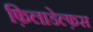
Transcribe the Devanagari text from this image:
फ़िलाडेल्फ़स